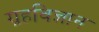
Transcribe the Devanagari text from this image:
ग्रहविज्ञान